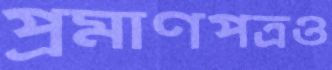
প্রমাণপত্রও